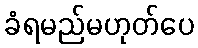
ခံရမည်မဟုတ်ပေ